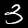
Digit: 3